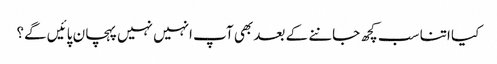
کیا اتنا سب کچھ جاننے کے بعد بھی آپ انہیں نہیں پہچان پائیں گے؟